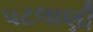
પટલાણી